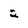
Character: 2